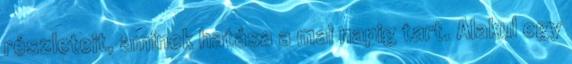
részleteit, aminek hatása a mai napig tart. Alakul egy